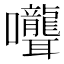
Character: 𭍎